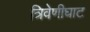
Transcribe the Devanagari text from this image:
त्रिवेणीघाट